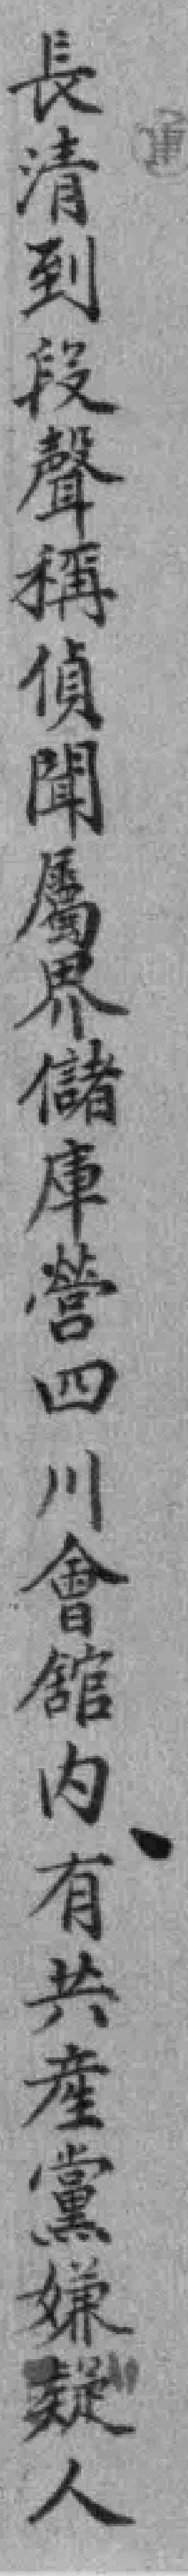
長清到段聲稱偵聞屬界儲庫營四川會館內有共產黨嫌疑人